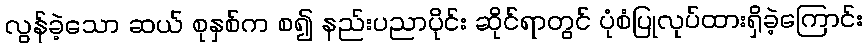
လွန်ခဲ့သော ဆယ် စုနှစ်က စ၍ နည်းပညာပိုင်း ဆိုင်ရာတွင် ပုံစံပြုလုပ်ထားရှိခဲ့ကြောင်း